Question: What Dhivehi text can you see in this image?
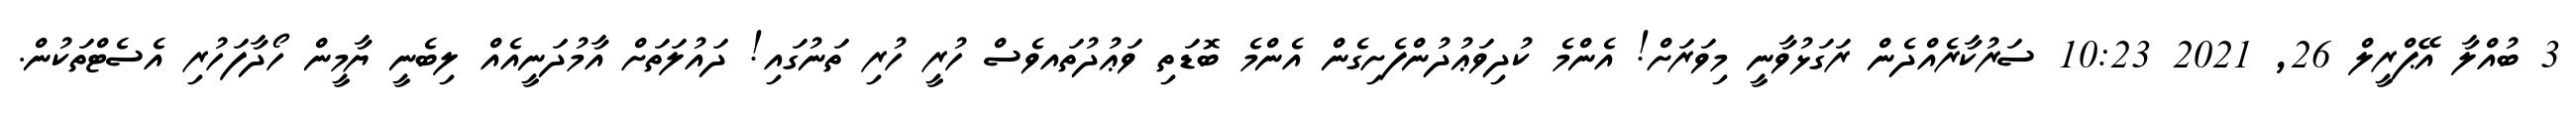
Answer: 3 ބުއްލާ އޭޕްރީލް 26, 2021 10:23 ސަރުކާރެއްދެން ރަގަޅުވާނީ މިވަރަށް! އެންމެ ކުދިވަޢުދުންފެށިގެން އެންމެ ބޮޑަތި ވަޢުދުތައވެސް ހުރީ ހުރި ތަނުގައި! ދައުލަތަށް އާމުދަނީއެއް ލިބެނީ ޔާމީން ހޯދާފަހުރި އެސެޓްތަކުން.